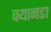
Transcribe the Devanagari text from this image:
क्यानडा